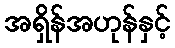
အရှိန်အဟုန်နှင့်